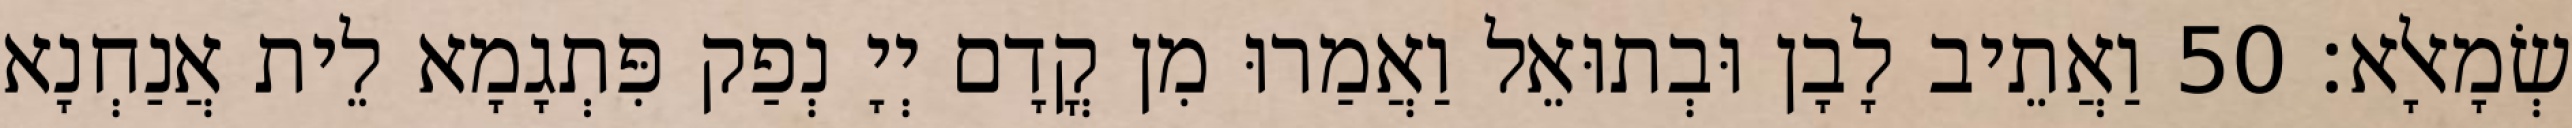
שְׂמָאלָא׃ 50 וַאֲתֵיב לָבָן וּבְתוּאֵל וַאֲמַרוּ מִן קֳדָם יְיָ נְפַק פִּתְגָמָא לֵית אֲנַחְנָא